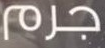
جرم